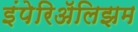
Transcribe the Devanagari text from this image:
इंपेरिॲलिझम